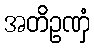
အတိဥဏှံ